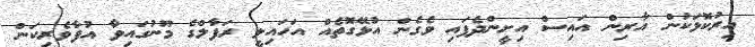
އިރުކޮޅަކުން އާރިން އައިސް އިށީންދެފައި ވެގެން އުޅޭގޮތެއް އަހައިލީ ރަފާލްގެ މޫނުގައިވާ އުފާވެރިކަން